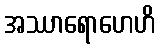
အဿာရောဟေဟိ